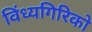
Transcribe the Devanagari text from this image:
विंध्यगिरिको